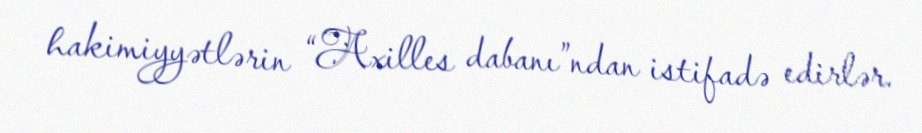
hakimiyyətlərin “Axilles dabanı”ndan istifadə edirlər.